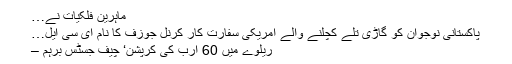
ماہرین فلکیات نے…
پاکستانی نوجوان کو گاڑی تلے کچلنے والے امریکی سفارت کار کرنل جوزف کا نام ای سی ایل…
ریلوے میں 60 ارب کی کرپشن‘ چیف جسٹس برہم –